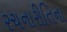
રચનારીતિના